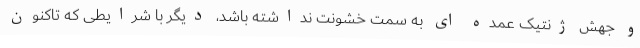
و جهش ژنتیک عمده ای به سمت خشونت نداشته باشد، دیگر با شرایطی که تاکنون